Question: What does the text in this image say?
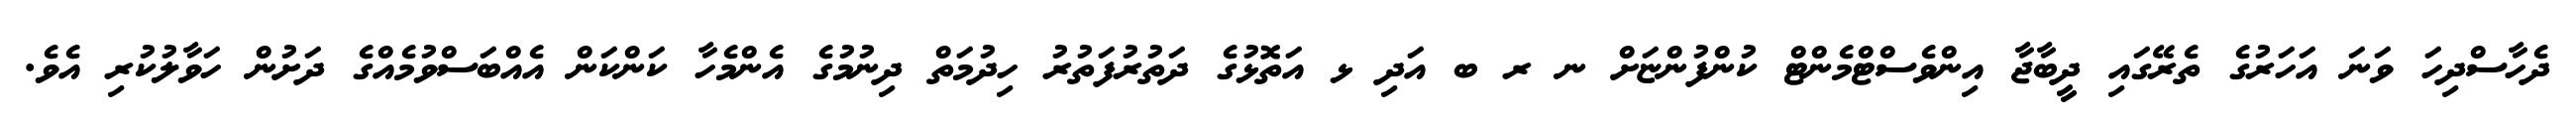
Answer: ދެހާސްދިހަ ވަނަ އަހަރުގެ ތެރޭގައި ދީބާޖާ އިންވެސްޓްމެންޓް ކުންފުންޏަށް ނ ރ ބ އަދި ޅ އަތޮޅުގެ ދަތުރުފަތުރު ހިދުމަތް ދިނުމުގެ އެންމެހާ ކަންކަން އެއްބަސްވުމެއްގެ ދަށުން ހަވާލުކުރި އެވެ.